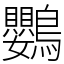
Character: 鸚